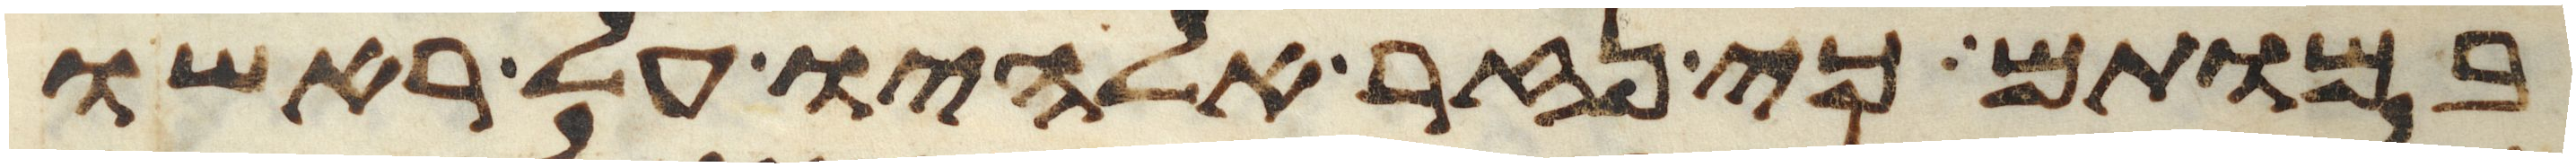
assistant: במותם כי נזר אלהיו על ראשו